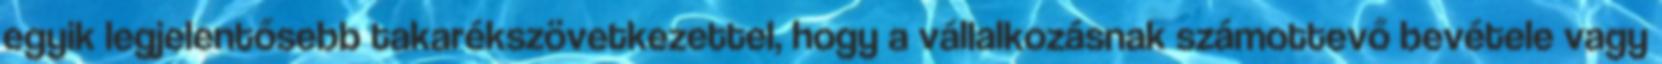
egyik legjelentősebb takarékszövetkezettel, hogy a vállalkozásnak számottevő bevétele vagy